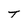
Character: T